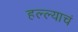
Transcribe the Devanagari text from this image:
हल्ल्याचं